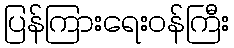
ပြန်ကြားရေးဝန်ကြီး